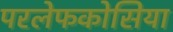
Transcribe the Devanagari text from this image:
परलेफकोसिया